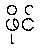
ဖိုင်